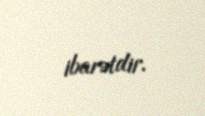
ibarətdir.